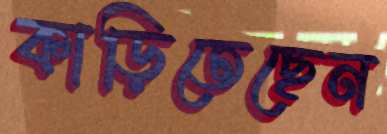
কাড়িতেছেন